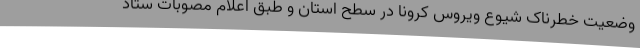
وضعیت خطرناک شیوع ویروس کرونا در سطح استان و طبق اعلام مصوبات ستاد